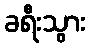
ခရီးသွား